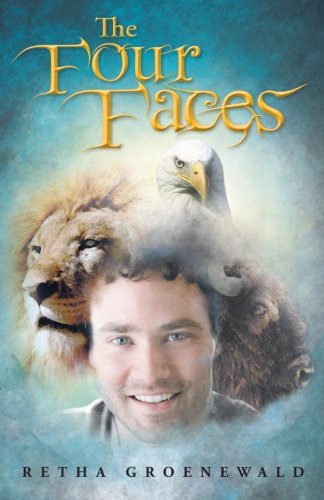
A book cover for The Four Faces; Retha Groenewald; Religion & Spirituality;